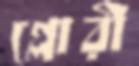
গ্লোরী